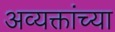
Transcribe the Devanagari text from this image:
अव्यक्तांच्या